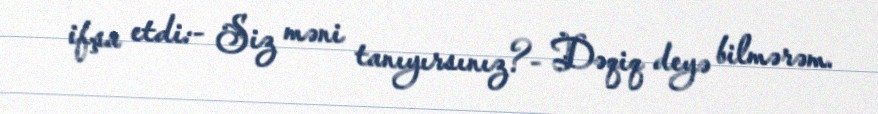
ifşa etdi:- Siz məni tanıyırsınız?- Dəqiq deyə bilmərəm.